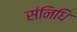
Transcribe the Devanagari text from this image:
संनिधि